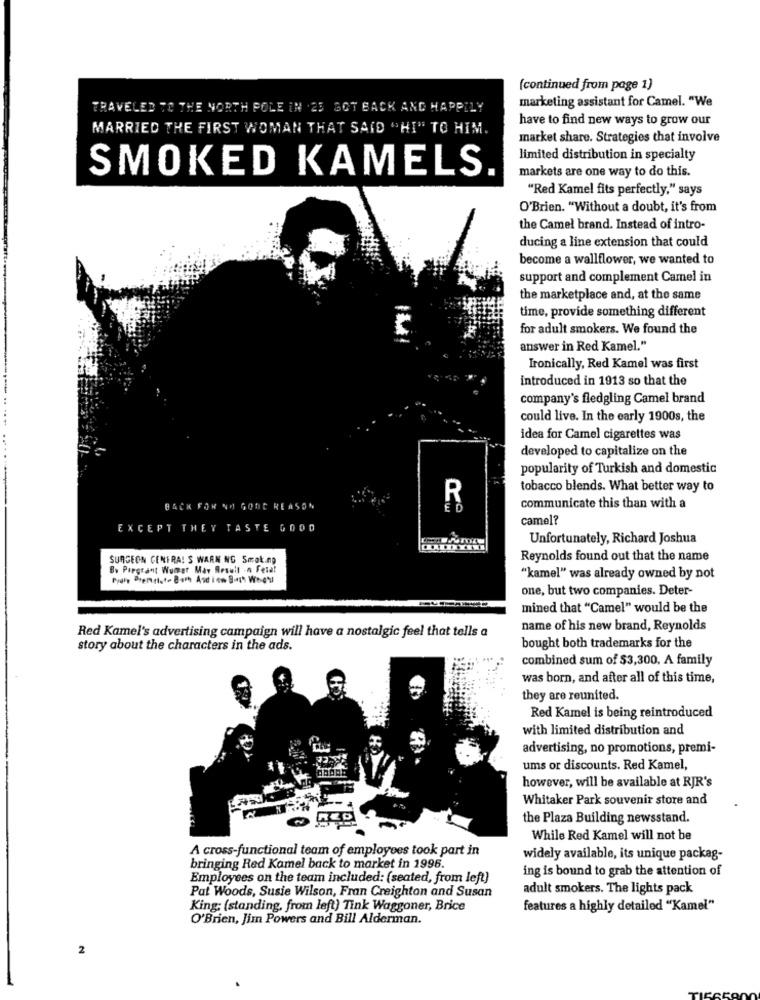
(continued from page 1)
TRAVELED TO THE NORTH POLE IN .23 GOT BACK AND HAPPILY
marketing assistant for Camel. "We
have to find new ways to grow our
MARRIED THE FIRST WOMAN THAT SAID "HI" TO HIM.
market share. Strategies that involve
limited distribution in specialty
SMOKED KAMELS.
markets are one way to do this.
"Red Kamel fits perfectly," says
O'Brien. "Without a doubt, it's from
the Camel brand. Instead of intro-
ducing a line extension that could
become a wallflower, we wanted to
support and complement Camel in
the marketplace and, at the same
time, provide something different
for adult smokers. We found the
answer in Red Kamel."
Ironically, Red Kamel was first
introduced in 1913 so that the
company's fledgling Camel brand
could live. In the early 1900s, the
idea for Camel cigarettes was
developed to capitalize on the
popularity of Turkish and domestic
tobacco blends. What better way to
R
BACK FOR NO GOOD REASON
ED
communicate this than with a
camel?
EXCEPT THEY TASTE GOOD
Unfortunately, Richard Joshua
IDY
SURGEON CENTRA! S WARN NG Smok.np
Reynolds found out that the name
By Piegrant Wumer May Result -n Fetal
Frais Prensi-Both Asien But Wed'y
"kamel" was already owned by not
one, but two companies. Deter-
mined that "Camel" would be the
Red Kamel's advertising campaign will have a nostalgic feel that tells a
name of his new brand, Reynolds
bought both trademarks for the
story about the characters in the ads.
combined sum of $3,300, A family
was born, and after all of this time,
they are reunited.
Red Kamel is being reintroduced
with limited distribution and
advertising, no promotions, premi-
ums or discounts. Red Kamel,
however, will be available at RJR's
Whitaker Park souvenir store and
the Plaza Building newsstand.
While Red Kamel will not be
A cross-functional team of employees took part in
widely available, its unique packag-
bringing Red Kamel back to market in 1996.
ing is bound to grab the attention of
Employees on the team included: (seated, from left)
Pat Woods, Susie Wilson, Fran Creighton and Susan
adult smokers. The lights pack
King: (standing, from left) Tink Waggoner, Brice
features a highly detailed "Kamel"
O'Brien, Jim Powers and Bill Alderman.
2